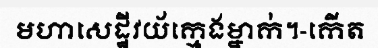
មហាសេដ្ឋីវយ័ក្មេងម្នាក់។-កើត